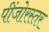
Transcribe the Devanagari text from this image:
पींजोरस्तर